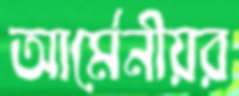
আর্মেনীয়র